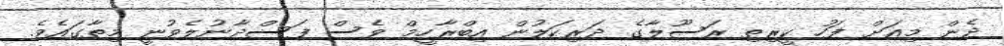
ދެން މިއަށް ފަހު ކީރިތި ރަސޫލާގެ ދަރިކަލުން އިބްރާހީމް ވެސް ފަސްދާނުލެވުނީ މިތާގައެވެ.